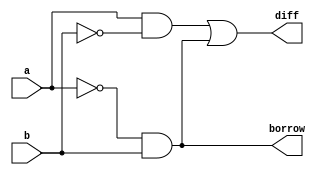
`timescale 1ns / 1ps
//////////////////////////////////////////////////////////////////////////////////
// Company: 
// Engineer: 
// 
// Design Name: 
// Module Name:    halfsub 
// Project Name: 
// Target Devices: 
// Tool versions: 
// Description: 
//
// Dependencies: 
//
// Revision: 
// Revision 0.01 - File Created
// Additional Comments: 
//
//////////////////////////////////////////////////////////////////////////////////
module halfsub
(
   input wire a,b,
   output wire diff,borrow
);

assign diff=(a&~b)|(~a&b);
assign borrow=~a&b;
endmodule